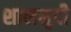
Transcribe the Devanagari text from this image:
शालमुदी